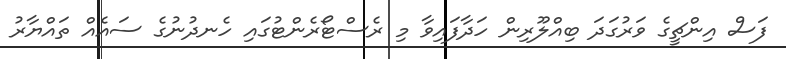
ފަސް އިންޗީގެ ވަރުގަދަ ބިއްލޫރިން ހަދާފައިވާ މި ރެސްޓޯރެންޓުގައި ހެނދުނުގެ ސައެއް ތައްޔާރު